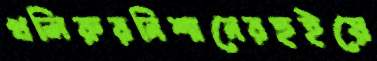
খলিরুরনিশানেরহুইয়ে